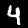
Label: 4